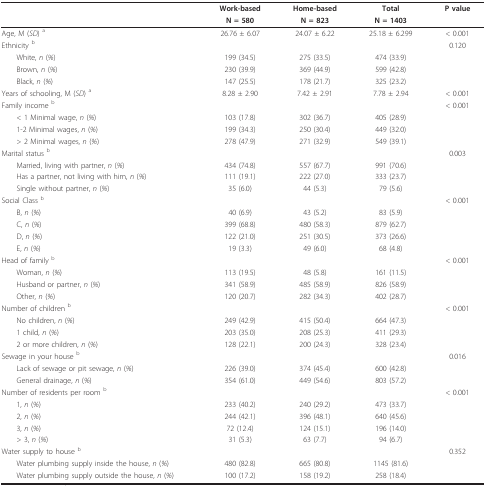
<table><thead><tr><td></td><td><b>Work-based</b></td><td><b>Home-based</b></td><td><b>Total</b></td><td><b>P value</b></td></tr><tr><td></td><td><b>N = 580</b></td><td><b>N = 823</b></td><td><b>N = 1403</b></td><td></td></tr></thead><tbody><tr><td>Age, M (<i>SD</i>) <sup>a</sup></td><td>26.76 ± 6.07</td><td>24.07 ± 6.22</td><td>25.18 ± 6.299</td><td>&lt; 0.001</td></tr><tr><td>Ethnicity <sup>b</sup></td><td></td><td></td><td></td><td>0.120</td></tr><tr><td> White, <i>n </i>(<i>%</i>)</td><td>199 (34.5)</td><td>275 (33.5)</td><td>474 (33.9)</td><td></td></tr><tr><td> Brown, <i>n </i>(<i>%</i>)</td><td>230 (39.9)</td><td>369 (44.9)</td><td>599 (42.8)</td><td></td></tr><tr><td> Black, <i>n </i>(<i>%</i>)</td><td>147 (25.5)</td><td>178 (21.7)</td><td>325 (23.2)</td><td></td></tr><tr><td>Years of schooling, M (<i>SD</i>) <sup>a</sup></td><td>8.28 ± 2.90</td><td>7.42 ± 2.91</td><td>7.78 ± 2.94</td><td>&lt; 0.001</td></tr><tr><td>Family income <sup>b</sup></td><td></td><td></td><td></td><td>&lt; 0.001</td></tr><tr><td> &lt; 1 Minimal wage, <i>n </i>(<i>%</i>)</td><td>103 (17.8)</td><td>302 (36.7)</td><td>405 (28.9)</td><td></td></tr><tr><td> 1-2 Minimal wages, <i>n </i>(<i>%</i>)</td><td>199 (34.3)</td><td>250 (30.4)</td><td>449 (32.0)</td><td></td></tr><tr><td> &gt; 2 Minimal wages, <i>n </i>(<i>%</i>)</td><td>278 (47.9)</td><td>271 (32.9)</td><td>549 (39.1)</td><td></td></tr><tr><td>Marital status <sup>b</sup></td><td></td><td></td><td></td><td>0.003</td></tr><tr><td> Married, living with partner, <i>n </i>(<i>%</i>)</td><td>434 (74.8)</td><td>557 (67.7)</td><td>991 (70.6)</td><td></td></tr><tr><td> Has a partner, not living with him, <i>n </i>(<i>%</i>)</td><td>111 (19.1)</td><td>222 (27.0)</td><td>333 (23.7)</td><td></td></tr><tr><td> Single without partner, <i>n </i>(<i>%</i>)</td><td>35 (6.0)</td><td>44 (5.3)</td><td>79 (5.6)</td><td></td></tr><tr><td>Social Class <sup>b</sup></td><td></td><td></td><td></td><td>&lt; 0.001</td></tr><tr><td> B, <i>n </i>(<i>%</i>)</td><td>40 (6.9)</td><td>43 (5.2)</td><td>83 (5.9)</td><td></td></tr><tr><td> C, <i>n </i>(<i>%</i>)</td><td>399 (68.8)</td><td>480 (58.3)</td><td>879 (62.7)</td><td></td></tr><tr><td> D, <i>n </i>(<i>%</i>)</td><td>122 (21.0)</td><td>251 (30.5)</td><td>373 (26.6)</td><td></td></tr><tr><td> E, <i>n </i>(<i>%</i>)</td><td>19 (3.3)</td><td>49 (6.0)</td><td>68 (4.8)</td><td></td></tr><tr><td>Head of family <sup>b</sup></td><td></td><td></td><td></td><td>&lt; 0.001</td></tr><tr><td> Woman, <i>n </i>(<i>%</i>)</td><td>113 (19.5)</td><td>48 (5.8)</td><td>161 (11.5)</td><td></td></tr><tr><td> Husband or partner, <i>n </i>(<i>%</i>)</td><td>341 (58.9)</td><td>485 (58.9)</td><td>826 (58.9)</td><td></td></tr><tr><td> Other, <i>n </i>(<i>%</i>)</td><td>120 (20.7)</td><td>282 (34.3)</td><td>402 (28.7)</td><td></td></tr><tr><td>Number of children <sup>b</sup></td><td></td><td></td><td></td><td>&lt; 0.001</td></tr><tr><td> No children, <i>n </i>(<i>%</i>)</td><td>249 (42.9)</td><td>415 (50.4)</td><td>664 (47.3)</td><td></td></tr><tr><td> 1 child, <i>n </i>(<i>%</i>)</td><td>203 (35.0)</td><td>208 (25.3)</td><td>411 (29.3)</td><td></td></tr><tr><td> 2 or more children, <i>n </i>(<i>%</i>)</td><td>128 (22.1)</td><td>200 (24.3)</td><td>328 (23.4)</td><td></td></tr><tr><td>Sewage in your house <sup>b</sup></td><td></td><td></td><td></td><td>0.016</td></tr><tr><td> Lack of sewage or pit sewage, <i>n </i>(<i>%</i>)</td><td>226 (39.0)</td><td>374 (45.4)</td><td>600 (42.8)</td><td></td></tr><tr><td> General drainage, <i>n </i>(<i>%</i>)</td><td>354 (61.0)</td><td>449 (54.6)</td><td>803 (57.2)</td><td></td></tr><tr><td>Number of residents per room <sup>b</sup></td><td></td><td></td><td></td><td>&lt; 0.001</td></tr><tr><td> 1, <i>n </i>(<i>%</i>)</td><td>233 (40.2)</td><td>240 (29.2)</td><td>473 (33.7)</td><td></td></tr><tr><td> 2, <i>n </i>(<i>%</i>)</td><td>244 (42.1)</td><td>396 (48.1)</td><td>640 (45.6)</td><td></td></tr><tr><td> 3, <i>n </i>(<i>%</i>)</td><td>72 (12.4)</td><td>124 (15.1)</td><td>196 (14.0)</td><td></td></tr><tr><td> &gt; 3, <i>n </i>(<i>%</i>)</td><td>31 (5.3)</td><td>63 (7.7)</td><td>94 (6.7)</td><td></td></tr><tr><td>Water supply to house <sup>b</sup></td><td></td><td></td><td></td><td>0.352</td></tr><tr><td> Water plumbing supply inside the house, <i>n </i>(<i>%</i>)</td><td>480 (82.8)</td><td>665 (80.8)</td><td>1145 (81.6)</td><td></td></tr><tr><td> Water plumbing supply outside the house, <i>n </i>(<i>%</i>)</td><td>100 (17.2)</td><td>158 (19.2)</td><td>258 (18.4)</td><td></td></tr></tbody></table>